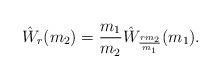
LaTeX: \begin{align*}\hat W_r(m_2) = \frac{m_1}{m_2}\hat W_{\frac{rm_2}{m_1}}(m_1).\end{align*}